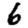
Digit: 6